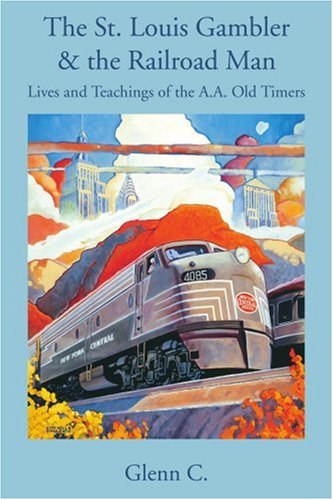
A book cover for The St. Louis Gambler & the Railroad Man: Lives and Teachings of the A.A. Old Timers; Glenn C.; Health, Fitness & Dieting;